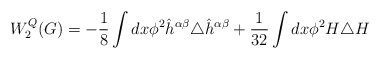
\begin{align*}W_{2}^{Q}(G) =-\frac{1}{8}\int dx \phi^{2}\hat{h}^{\alpha\beta}\triangle\hat{h}^{\alpha\beta} +\frac{1}{32}\int dx\phi^{2}H\triangle H\end{align*}